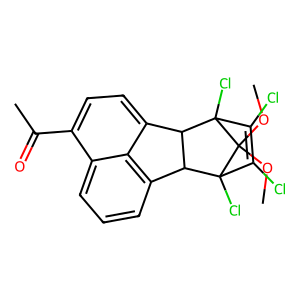
SMILES: COC1(OC)C2(Cl)C(Cl)=C(Cl)C1(Cl)C1c3ccc(C(C)=O)c4cccc(c34)C12
Inhibits HIV replication: No